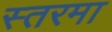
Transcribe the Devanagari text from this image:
स्तरमा